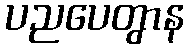
ပညပေတွာန